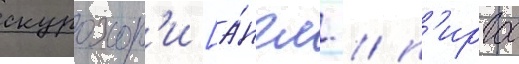
скурохор'и [а́нгл. / п'иргос